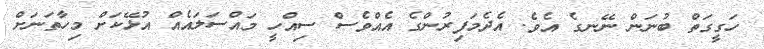
ހަގީގަތް ބުނަން ނޭނގެ އެވެ. އެދެމަފިރުންގެ އެއްވެސް ސިއްހީ މައްސަލައެއް އުޅޭކަށް މިހާތަނަށް